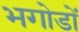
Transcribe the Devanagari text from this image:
भगोडों